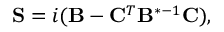
\mathbf { S } = i ( \mathbf { B } - \mathbf { C } ^ { T } \mathbf { B } ^ { * - 1 } \mathbf { C } ) ,